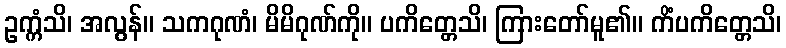
ဥက္ကံသိ၊ အလွန်။ သကဂုဏံ၊ မိမိဂုဏ်ကို။ ပကိတ္တေသိ၊ ကြားတော်မူ၏။ ကိံပကိတ္တေသိ၊